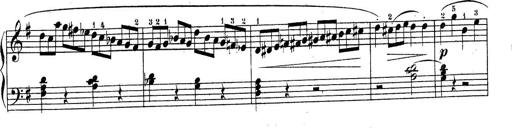
Title: Piano Sonatine No.2
Composer: Peter Piel
Key: G major